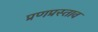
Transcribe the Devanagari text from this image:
प्रणप्रस्ताव